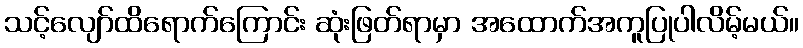
သင့်လျော်ထိရောက်ကြောင်း ဆုံးဖြတ်ရာမှာ အထောက်အကူပြုပါလိမ့်မယ်။